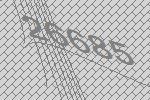
26685